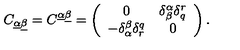
C _ { \underline { \alpha } \underline { \beta } } = C ^ { \underline { \alpha } \underline { \beta } } = \left( \begin{array} { c c } { 0 } & { \delta _ { \beta } ^ { \alpha } \delta _ { q } ^ { r } } \\ { - \delta _ { \alpha } ^ { \beta } \delta _ { r } ^ { q } } & { 0 } \\ \end{array} \right) .